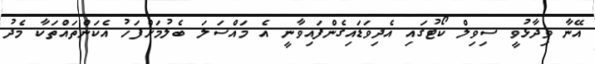
އޭނާ ވިދާޅުވީ ސިވިލް ކޯޓުގައި އެދިވަޑައިގެންފައިވާނީ އެ މައްސަލަ ބެލުމަށްފަހު އެކަންތައްތަކާ މެދު